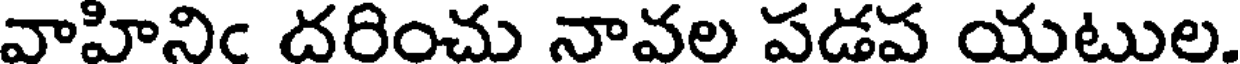
వాహినిఁ దరించు నావల పడప యటుల.